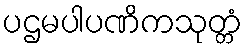
ပဌမပါပဏိကသုတ္တံ